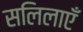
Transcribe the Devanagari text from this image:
सलिलाएँ